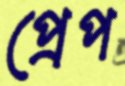
প্রেপ